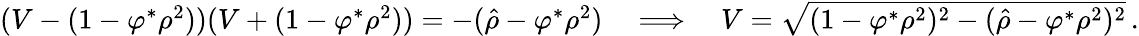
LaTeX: \begin{array}{r}{(V-(1-\varphi^{\ast}\rho^{2}))(V+(1-\varphi^{\ast}\rho^{2}))=-(\hat{\rho}-\varphi^{\ast}\rho^{2})\quad\Longrightarrow\quad V=\sqrt{(1-\varphi^{\ast}\rho^{2})^{2}-(\hat{\rho}-\varphi^{\ast}\rho^{2})^{2}}\, .}\end{array}